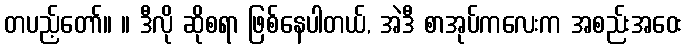
တပည့်တော်။ ။ ဒီလို ဆိုစရာ ဖြစ်နေပါတယ်, အဲဒီ စာအုပ်ကလေးက အစည်းအဝေး